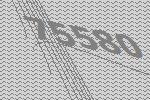
75580